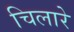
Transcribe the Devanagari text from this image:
चिलारे